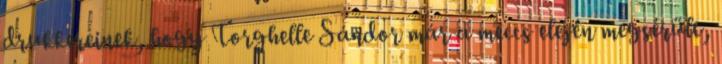
drukkereinek, hogy Torghelle Sándor már a meccs elején megsérült,